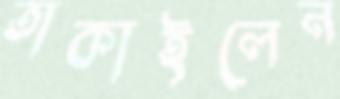
তাকাইলেন